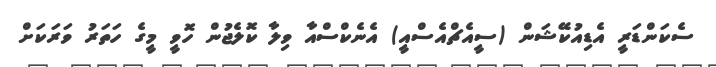
ސެކަންޑަރީ އެޑިއުކޭޝަން (ސީއެޗްއެސްއީ) އެނެކްސްއާ ވިލާ ކޮލެޖުން ހޮވީ މީގެ ހަތަރު ވަރަކަށް